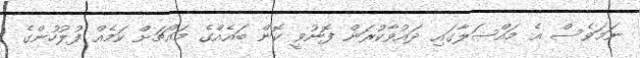
ނަމަވެސް އެ މައްސަލާގައި ދައުވާކުރަން ފޮނުވީ ކޮން ބައެއްގެ މައްޗަށް ކަމެއް ފުލުހުންގެ